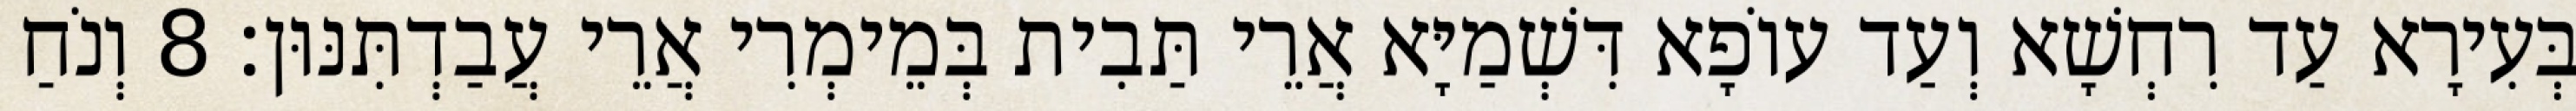
בְּעִירָא עַד רִחְשָׁא וְעַד עוֹפָא דִּשְׁמַיָּא אֲרֵי תַּבִית בְּמֵימְרִי אֲרֵי עֲבַדְתִּנּוּן׃ 8 וְנֹחַ